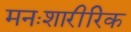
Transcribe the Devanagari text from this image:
मनःशारीरिक